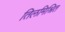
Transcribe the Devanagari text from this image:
तिलमिश्रित